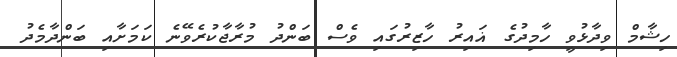
ހިޝާމް ވިދާޅުވީ ހާމިދުގެ ޣައިރު ހާޒިރުގައި ވެސް ބަންދު މުރާޖާކުރެވޭނެ ކަމަށާއި ބަންދާމެދު